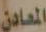
المعادن